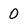
Character: 0